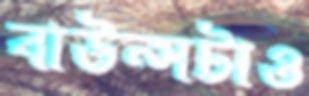
বাউন্সটাও